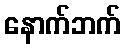
နောက်ဘက်